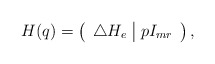
\begin{align*} H(q)=\left(\begin{array}{c|c} \triangle H_e&pI_{mr} \end{array}\right),\end{align*}